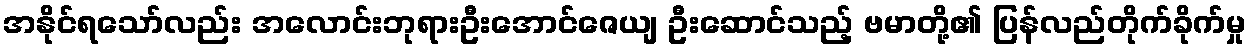
အနိုင်ရသော်လည်း အလောင်းဘုရားဦးအောင်ဇေယျ ဦးဆောင်သည့် ဗမာတို့၏ ပြန်လည်တိုက်ခိုက်မှု